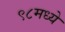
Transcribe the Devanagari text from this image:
९८मध्ये